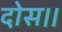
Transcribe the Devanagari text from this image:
दोस।।